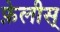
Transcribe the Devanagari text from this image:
फ़ेलीस्